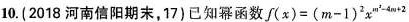
10.(2018河南信阳期末，17)已知幂函数$$f ( x ) = ( m - 1 ) ^ { 2 } x ^ { m ^ { 2 } -4 m + 2 }$$